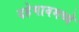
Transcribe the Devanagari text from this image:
दहेगावमध्ये